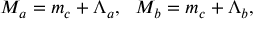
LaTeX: M _ { a } = m _ { c } + \Lambda _ { a } , \, \, \, \, M _ { b } = m _ { c } + \Lambda _ { b } ,